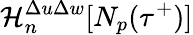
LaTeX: \mathcal{H}_{n}^{\Delta u\Delta w}[N_{p}(\tau^{+})]